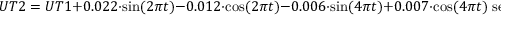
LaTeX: U T 2 = U T 1 + 0 . 0 2 2 \cdot \sin ( 2 \pi t ) - 0 . 0 1 2 \cdot \cos ( 2 \pi t ) - 0 . 0 0 6 \cdot \sin ( 4 \pi t ) + 0 . 0 0 7 \cdot \cos ( 4 \pi t ) \; { \mathrm { s e c o n d s } }